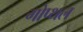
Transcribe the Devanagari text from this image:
गोप्थल